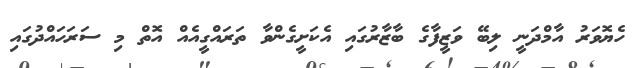
ހެޔޮވަރު އާމްދަނީ ލިބޭ ވަޒީފާގެ ބާޒާރުގައި އެކަށީގެންވާ ތަރައްގީއެއް އޮތް މި ސަރަހައްދުގައި